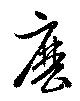
麼